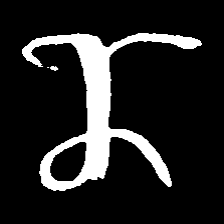
Pyu character \u2014 Myanmar letter: ဏ (romanized: nna)